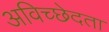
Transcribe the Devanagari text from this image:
अविच्छेदता